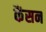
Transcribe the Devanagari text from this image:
कैंसन